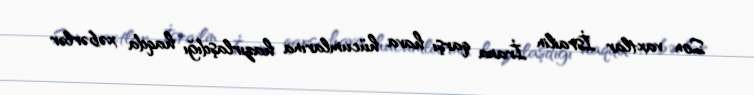
Son vaxtlar İsrailin İrana qarşı hava hücumlarına hazırlaşdığı haqda xəbərlər